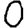
Digit: 0